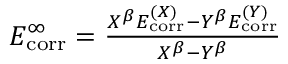
\begin{array} { r } { E _ { \mathrm { c o r r } } ^ { \infty } = \frac { X ^ { \beta } E _ { \mathrm { c o r r } } ^ { ( X ) } - Y ^ { \beta } E _ { \mathrm { c o r r } } ^ { ( Y ) } } { X ^ { \beta } - Y ^ { \beta } } } \end{array}